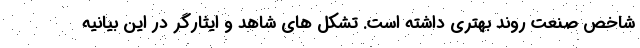
شاخص صنعت روند بهتری داشته است. تشکل های شاهد و ایثارگر در این بیانیه